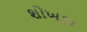
શોખડા